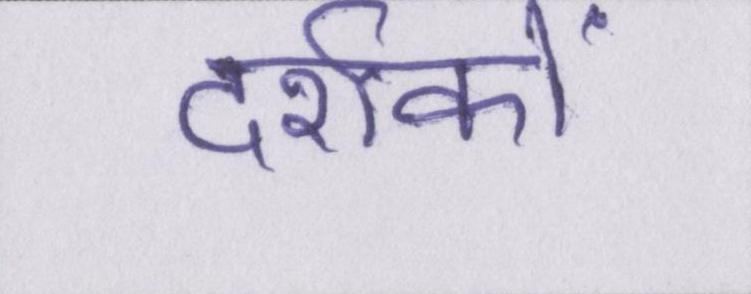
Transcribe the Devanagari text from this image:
दर्शकों